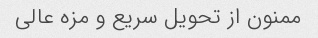
ممنون از تحویل سریع و مزه عالی